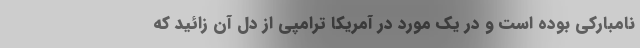
نامبارکی بوده است و در یک مورد در آمریکا ترامپی از دل آن زائید که